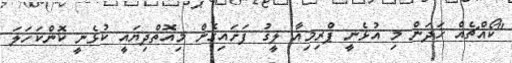
"ކޯއްޗެއް ހަދަން މި އުޅެނީ ޕްރިމިއާ ލީގު ފަށައިގެން މިއޮތްދިޔައީ ކުޅެނީ ކޮންކަހަލަ